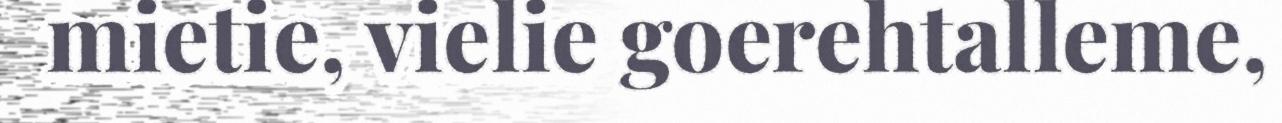
mietie, vielie goerehtalleme,